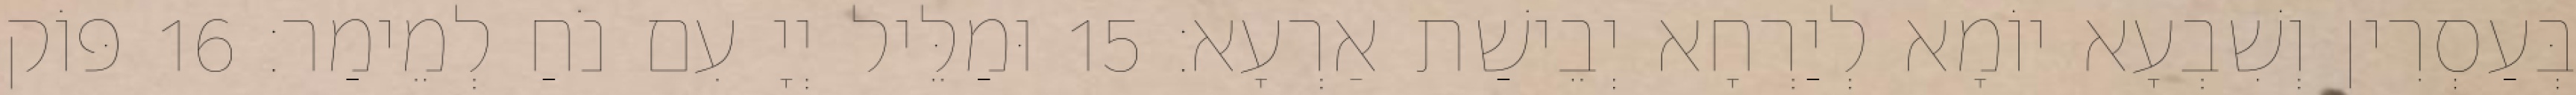
בְּעַסְרִין וְשִׁבְעָא יוֹמָא לְיַרְחָא יְבֵישַׁת אַרְעָא׃ 15 וּמַלֵּיל יְיָ עִם נֹחַ לְמֵימַר׃ 16 פּוֹק